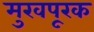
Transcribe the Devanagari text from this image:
मुखपूरक